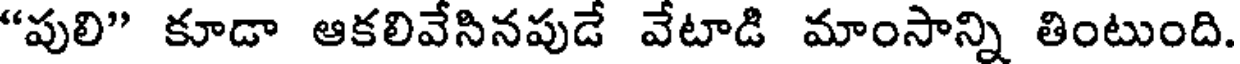
"పులి" కూడా ఆకలివేసినపుడే వేటాడి మాంసాన్ని తింటుంది.